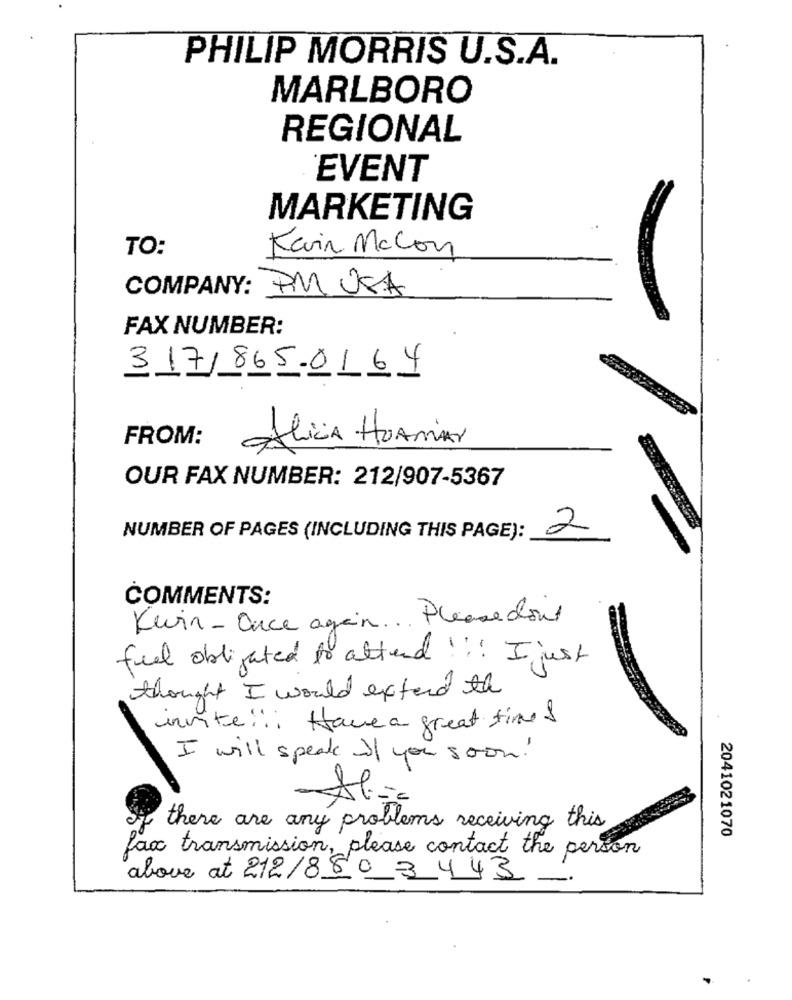
PHILIP MORRIS U.S.A.
MARLBORO
REGIONAL
EVENT
MARKETING
TO:
Kevin Mccon
COMPANY: PM USA
FAX NUMBER:
317/865-0164
FROM:
Alicia HUAMAN
OUR FAX NUMBER: 212/907-5367
2
NUMBER OF PAGES (INCLUDING THIS PAGE):
COMMENTS:
Kevin- Once again ... Please don't
feel obligated to attend !!! I just
thought I would extend the
invite !!! Have a great time &
I will speak If you soon!
there are any problems receiving this
2041021070
fax transmission, please contact the person
above at 212/8803445 -